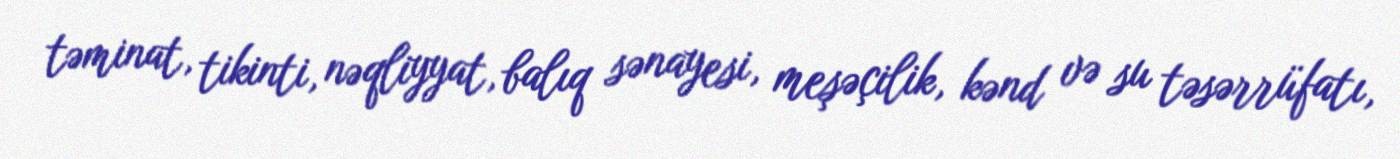
təminat, tikinti, nəqliyyat, balıq sənayesi, meşəçilik, kənd və su təsərrüfatı,